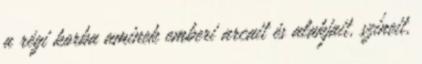
a régi korba aminek emberi arcait és alakjait, színeit,